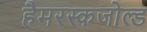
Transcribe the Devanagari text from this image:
हैमरस्कजोल्ड